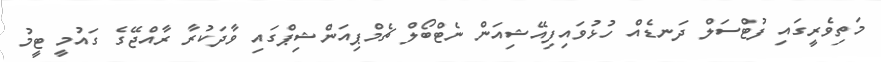
މަތިވެރީގައި ފުޓްސަލް ދަނޑެއް ހުޅުވައިފިއޭޝިއަން ނެޓްބޯލް ޗެމްޕިއަންޝިޕްގައި ވާދަކުރާ ރާއްޖޭގެ ގައުމީ ޓީމު